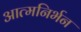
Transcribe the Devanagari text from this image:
आत्मनिर्भन